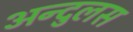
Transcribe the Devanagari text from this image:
अन्दुलस